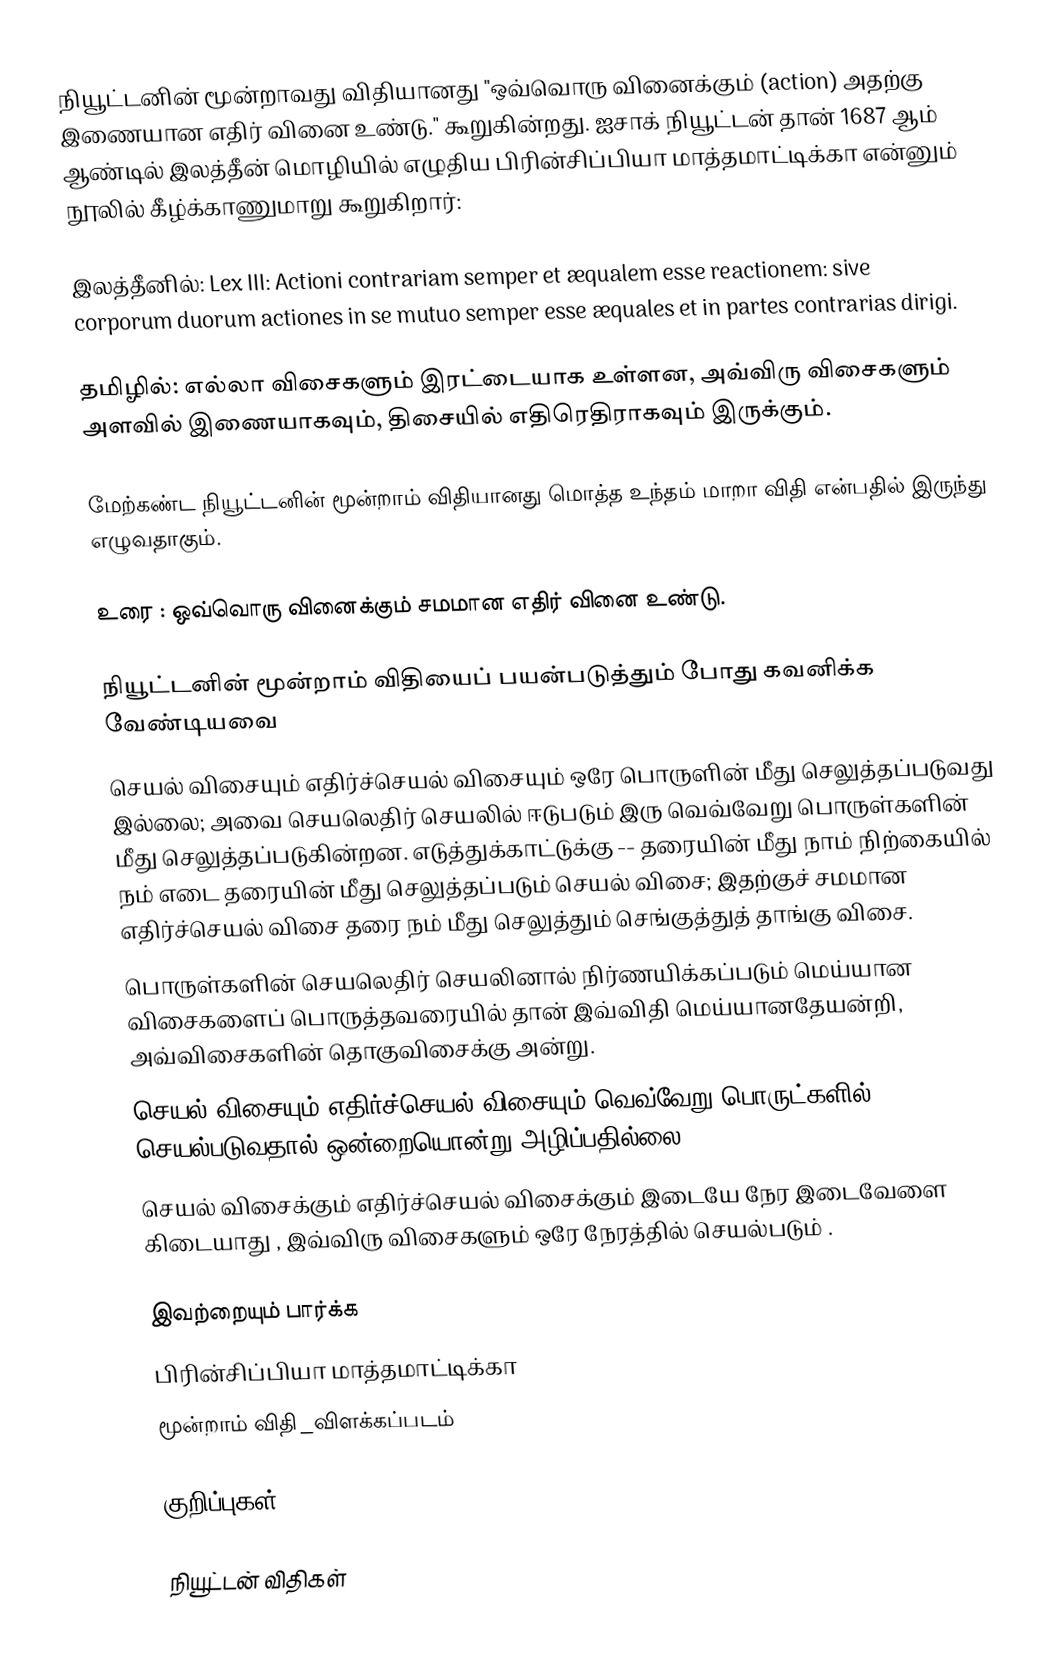
நியூட்டனின் மூன்றாவது விதியானது "ஒவ்வொரு வினைக்கும் (action) அதற்கு இணையான எதிர் வினை உண்டு." கூறுகின்றது. ஐசாக் நியூட்டன் தான் 1687 ஆம் ஆண்டில் இலத்தீன் மொழியில் எழுதிய பிரின்சிப்பியா மாத்தமாட்டிக்கா என்னும் நூலில் கீழ்க்காணுமாறு கூறுகிறார்:

இலத்தீனில்: Lex III: Actioni contrariam semper et æqualem esse reactionem: sive corporum duorum actiones in se mutuo semper esse æquales et in partes contrarias dirigi.

தமிழில்: எல்லா விசைகளும் இரட்டையாக உள்ளன, அவ்விரு விசைகளும் அளவில் இணையாகவும், திசையில் எதிரெதிராகவும் இருக்கும்.

மேற்கண்ட நியூட்டனின் மூன்றாம் விதியானது மொத்த உந்தம் மாறா விதி என்பதில் இருந்து எழுவதாகும்.

உரை : ஒவ்வொரு வினைக்கும் சமமான எதிர் வினை உண்டு.

நியூட்டனின் மூன்றாம் விதியைப் பயன்படுத்தும் போது கவனிக்க வேண்டியவை
 செயல் விசையும் எதிர்ச்செயல் விசையும் ஒரே பொருளின் மீது செலுத்தப்படுவது இல்லை; அவை செயலெதிர் செயலில் ஈடுபடும் இரு வெவ்வேறு பொருள்களின் மீது செலுத்தப்படுகின்றன. எடுத்துக்காட்டுக்கு -- தரையின் மீது நாம் நிற்கையில் நம் எடை தரையின் மீது செலுத்தப்படும் செயல் விசை; இதற்குச் சமமான எதிர்ச்செயல் விசை தரை நம் மீது செலுத்தும் செங்குத்துத் தாங்கு விசை.
 பொருள்களின் செயலெதிர் செயலினால் நிர்ணயிக்கப்படும் மெய்யான விசைகளைப் பொருத்தவரையில் தான் இவ்விதி மெய்யானதேயன்றி, அவ்விசைகளின் தொகுவிசைக்கு அன்று.
 செயல் விசையும்  எதிர்ச்செயல் விசையும் வெவ்வேறு பொருட்களில் செயல்படுவதால் ஒன்றையொன்று அழிப்பதில்லை.
 செயல் விசைக்கும்  எதிர்ச்செயல் விசைக்கும் இடையே நேர இடைவேளை கிடையாது , இவ்விரு விசைகளும் ஒரே நேரத்தில் செயல்படும் .

இவற்றையும் பார்க்க
 பிரின்சிப்பியா மாத்தமாட்டிக்கா
 மூன்றாம் விதி_விளக்கப்படம்

குறிப்புகள்

நியூட்டன் விதிகள்